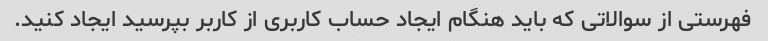
فهرستی از سوالاتی که باید هنگام ایجاد حساب کاربری از کاربر بپرسید ایجاد کنید.